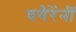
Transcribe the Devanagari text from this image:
वगैरेंनीं